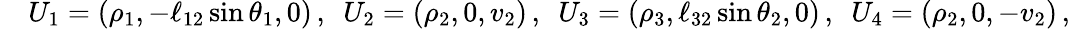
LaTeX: \begin{array}{r}{\quad U_{1}=(\rho_{1},-\ell_{12}\sin\theta_{1},0)\, ,\, \, \, U_{2}=(\rho_{2},0,v_{2})\, ,\, \, \, U_{3}=(\rho_{3},\ell_{32}\sin\theta_{2},0)\, ,\, \, \, U_{4}=(\rho_{2},0,-v_{2})\, ,}\end{array}